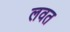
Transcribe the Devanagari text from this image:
लवत